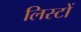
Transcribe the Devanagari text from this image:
लिस्टों